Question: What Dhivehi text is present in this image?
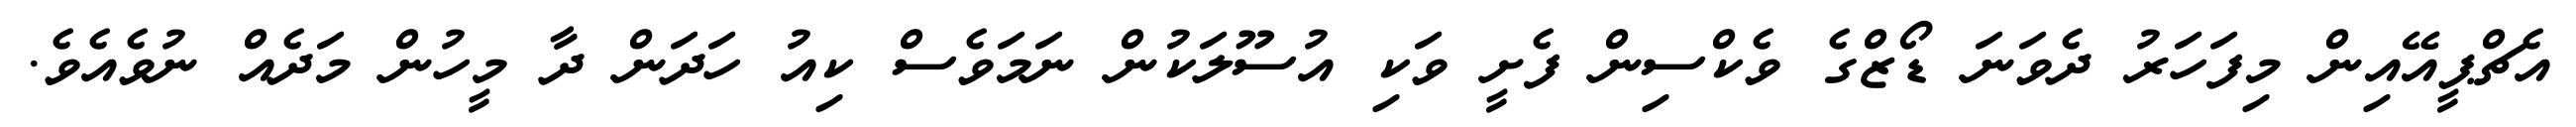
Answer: އެޗްޕީއޭއިން މިފަހަރު ދެވަނަ ޑޯޒްގެ ވެކްސިން ފެށީ ވަކި އުސޫލަކުން ނަމަވެސް ކިއު ހަދަން ދާ މީހުން މަދެއް ނުވެއެވެ.